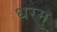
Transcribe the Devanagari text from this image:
धरमु